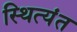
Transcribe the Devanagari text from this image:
स्थित्यंत